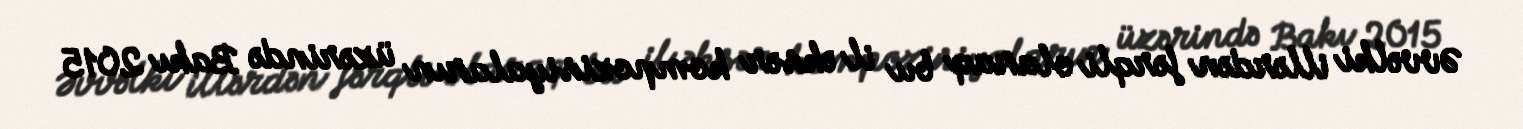
Əvvəlki illərdən fərqli olaraq bu il əksər kompozisiyaların üzərində Bakı 2015